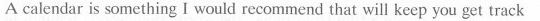
A calendar is something I would recommend that will keep you get track